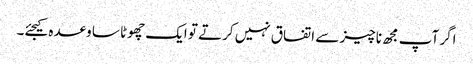
اگر آپ مجھ ناچیز سے اتفاق نہیں کرتے تو ایک چھوٹا سا وعدہ کیجئے۔